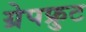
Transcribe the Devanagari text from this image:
ग्रेपफ्रुट